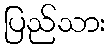
ပြည်သား